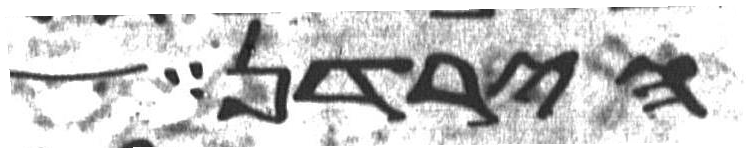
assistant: הירדן